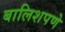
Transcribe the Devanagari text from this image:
बालिशपणे